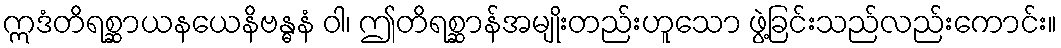
ဣဒံတိရစ္ဆာယနယေနိဗန္ဓနံ ဝါ၊ ဤတိရစ္ဆာန်အမျိုးတည်းဟူသော ဖွဲ့ခြင်းသည်လည်းကောင်း။